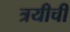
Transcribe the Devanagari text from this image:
त्रयीची